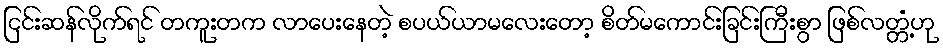
ငြင်းဆန်လိုက်ရင် တကူးတက လာပေးနေတဲ့ စပယ်ယာမလေးတော့ စိတ်မကောင်းခြင်းကြီးစွာ ဖြစ်လတ္တံ့ဟု